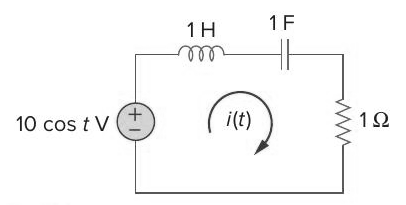
Components in this circuit:
inductor
capacitor
resistor
voltage source